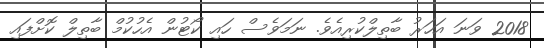
2018 ވަނަ އަހަރު ބާތިލްކުރިއެވެ. ނަމަވެސް ހައި ކޯޓުން އެހުކުމް ބާތިލް ކޮށްފައި